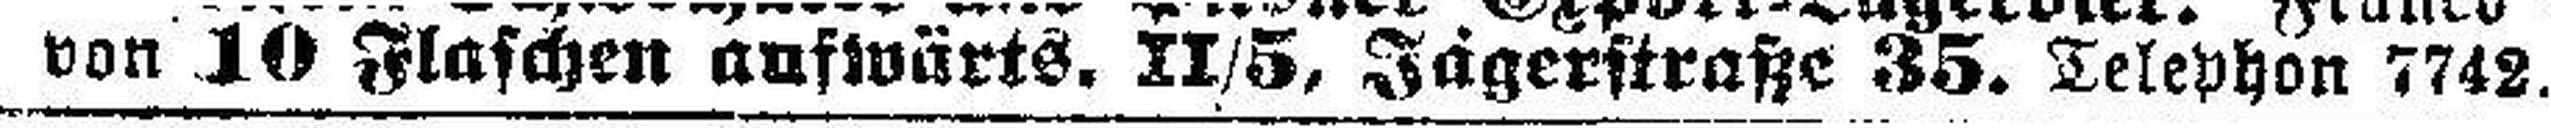
von 10 Flaschen aufwärts. XI/5, Jägerstraße 35. Telephon 7742.